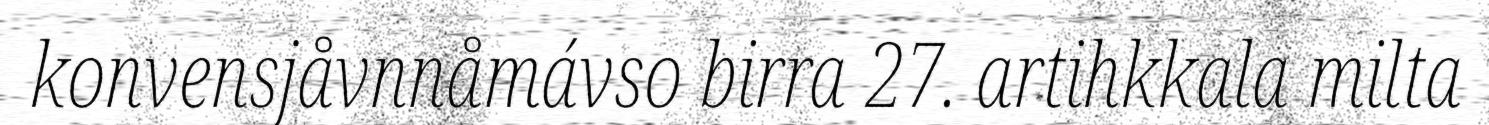
konvensjåvnnåmávso birra 27. artihkkala milta